Annual report of the Imperial Bacteriologist
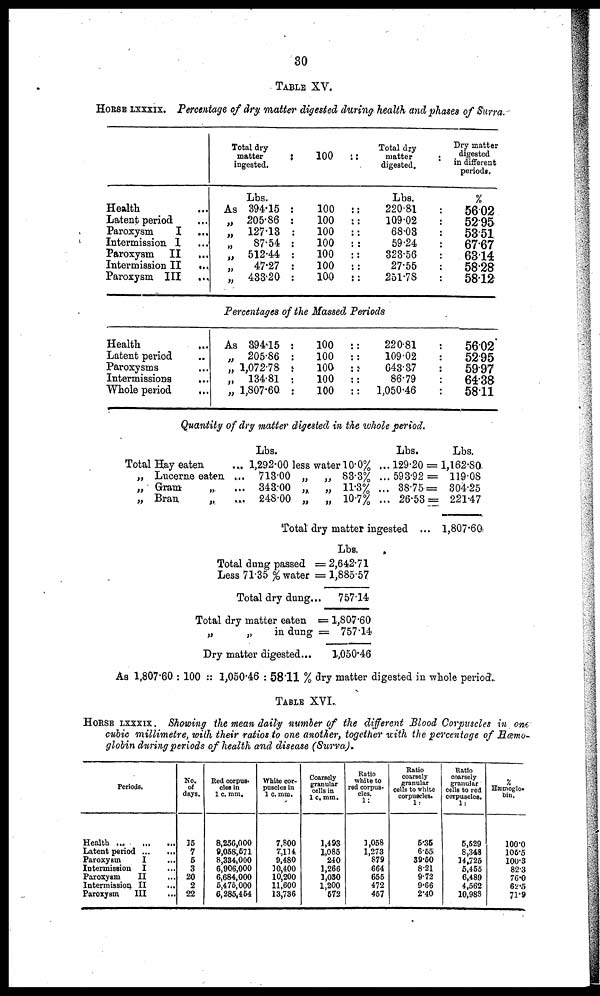
30
TABLE XV.
HORSE LXXXIX. Percentage of dry matter digested during health and phases of Surra.
Health
Latent period
Paroxysm
I
...
Intermission I
Paroxysm II
Intermission II
...
Paroxysm III
..,
Total dry
matter
:
ingested,
Lbs.
As 394.15
„ 205.86 :
„ 127.13
„
87.54
„ 512.44
„
47.27
„ 483.20
100 :
:100 :
:100 :
:
100 :
:100 :
:
100 :
:100 :
:100 :
Total dry
matter
:
digested.
Lbs.
:
220.81
:
109.02
: 68.03
:
59.24
:
323.56
:
27.55
:
251.78
Dry matter
digested
in different
periods.
%
56.02
52.95
53.51
67.67
63.14
58.28
58.12
Percentages of the Massed Periods
Health
. ....
Latent period
Paroxysms
Intermissions
Whole period
As 394.15
„ 205.86
„ 1,072.78
„ 134.81
„ 1,807.60.
100 :
100 :
100 :
100 :
100 :
:
220.81
:
109.02
:
643.37
:
86.79
: 1,050.46
56.02
52.95
59.97
64.38
58.11
Quantity of dry matter digested in the whole period.
Total Hay eaten
„ Lucerne eaten
„ Gram
„.
„ Bran
„.
Lbs.
.... 1,292.00 less water 10.0%
.... 713.00 „ „ 83.3%
... 343:00 „
„ 11.3%
.... 248.00 „
„ 10.7%
Lbs.
... 129.20 =
... 593.92 =
... 38.75=
... 26.53==
Total dry matter ingested ...
Lbs.
1,162.80.
119.08
304.25
221.47
1,807.60
Lbs.
Total dung passed = 2,642.71
Less 71.35 % water = 1,885.57
Total dry dung... 757.14
Total dry matter eaten = 1,807.60
„
„
in dung = 757.14
Dry matter digested...
1,050.46
As 1,807.60.: 100 :: 1,050.46 : 5811 % dry matter digested in whole period..
TABLE XVI.
HORSE LXXXIX . Showing the mean daily number of the different Blood Corpuscles in one
cubic millimetre, with their ratios to one another, together with the percentage of Hæmo¬
globin during periods of health and disease (Surra).
Periods.
Health ..,
...
...
Latent period ...
...
Paroxysm
I
...
Intermission I
Paroxysm
II
Intermission II
...
Paroxysm
III
...
No.
of
days.
15
7
5
3
20
2
22
Red corpus-
cles in
1 c. mm.
8,256,000
9,058,671
8,334,000
6,906,000
6,684,000
5,475,000
6,285,454
White cor-
puscles in
1 c. mm.
7,800
7,114
9,480
10,400
10,200
11,600
13,736
Coarsely
granular
cells in
1 c. mm.
1,493
1,085
240
1,266
1,030
1,200
572
Ratio
white to
red corpus-
cles.
1:
1,058
1,273
879
664
655
472
457
Ratio
coarsely
granular
cells to white
corpuscles.
1:
5.35
6.55.
39.50
8.21
9.72
9.66
2.40
Ratio
coarsely
granular
cells to red
corpuscles.
1:
5,529
8,348
14,725
5,455
6,489
4,562
10,988
%
Hæmoglo-
bin.
100.0
105.5
100.3
82.3
76.0
62.5
71.9